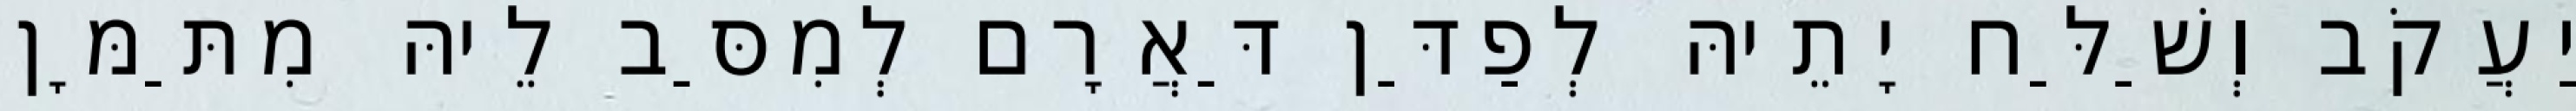
יַעֲקֹב וְשַׁלַּח יָתֵיהּ לְפַדַּן דַּאֲרָם לְמִסַּב לֵיהּ מִתַּמָּן